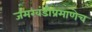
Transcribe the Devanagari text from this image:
जमखंडीप्रमाणेच